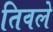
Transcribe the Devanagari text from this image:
तिवले